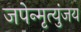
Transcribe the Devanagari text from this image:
जपेन्मृत्युंजय